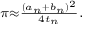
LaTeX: \scriptstyle \pi \approx { \frac { ( a _ { n } + b _ { n } ) ^ { 2 } } { 4 t _ { n } } } .